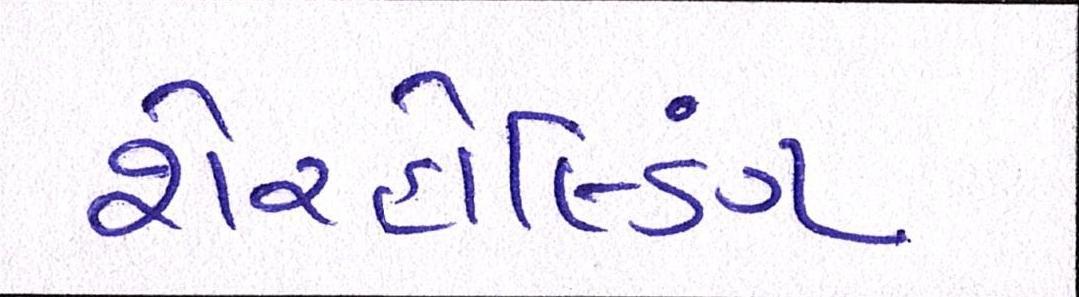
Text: શેરહોલ્ડિંગ